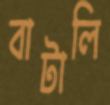
বাটালি